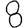
Digit: 8